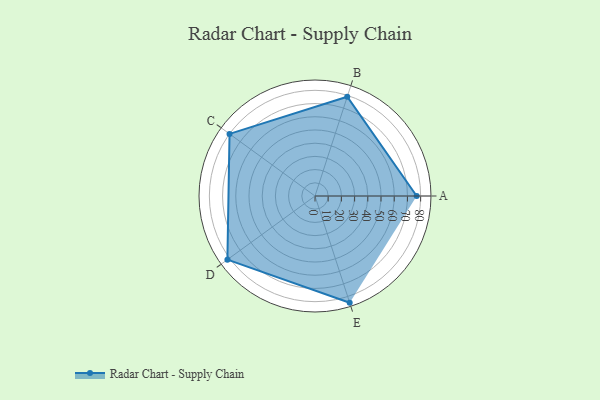
{"axis": {"x": "Skill", "y": "Score"}, "legend": ["Profile"], "data": [{"x": "A", "y": 77.0, "type": "Profile"}, {"x": "B", "y": 79.0, "type": "Profile"}, {"x": "C", "y": 80.0, "type": "Profile"}, {"x": "D", "y": 82.0, "type": "Profile"}, {"x": "E", "y": 85.0, "type": "Profile"}]}